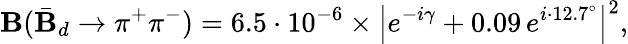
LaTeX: \mathbf{B}(\bar{{\mathbf{B}}}_{d}\to\pi^{+}\pi^{-})=6.5\cdot10^{-6}\times\left|e^{-i\gamma}+0.09\, e^{i\cdot12.7^{\circ}}\right|^{2},